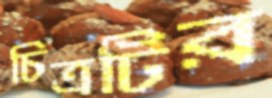
চিত্রটির